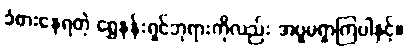
ခံစားနေရတဲ့ ရွှေနန်းရှင်ဘုရားကိုလည်း အပူမရှာကြပါနှင့်။